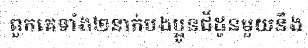
ពួកគេទាំង២នាក់បងប្អូនជីដូនមួយនឹង